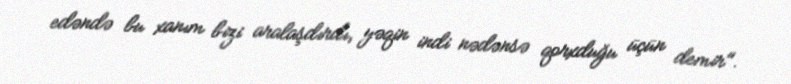
edəndə bu xanım bizi aralaşdırdı, yəqin indi nədənsə qorxduğu üçün demir".